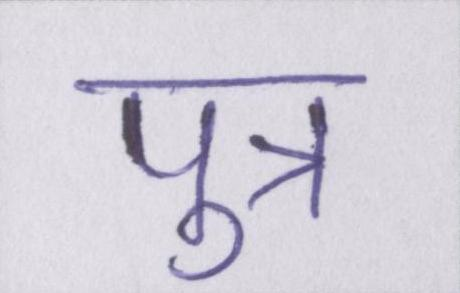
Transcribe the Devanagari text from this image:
पुत्र